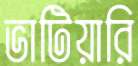
ভাটিয়ারি